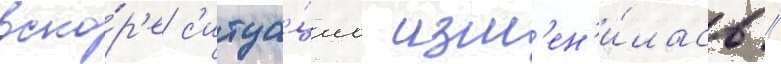
вско́р'е с'итуа́циа изм'ен'и́лась //